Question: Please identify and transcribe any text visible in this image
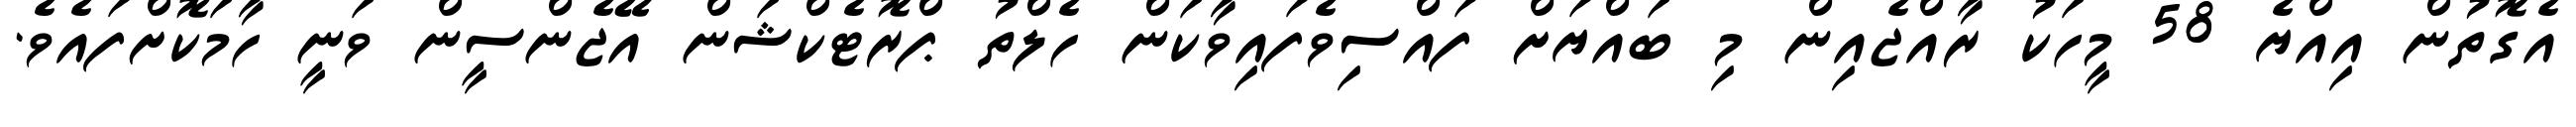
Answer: އެގޮތުން އިއްޔެ 58 މީހަކު ރާއްޖެއިން މި ބައްޔަށް ފައްސިވެފައިވާކަން ހެލްތު ޕްރޮޓެކްޝަން އޭޖެންސީން ވަނީ ހާމަކޮށްފައެވެ.